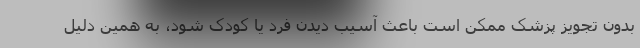
بدون تجویز پزشک ممکن است باعث آسیب دیدن فرد یا کودک شود، به همین دلیل